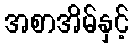
အစာအိမ်နှင့်